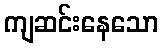
ကျဆင်းနေသော